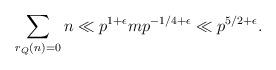
LaTeX: \begin{align*}\sum_{r_{Q}(n) = 0} n \ll p^{1+\epsilon} m p^{-1/4 + \epsilon} \ll p^{5/2 + \epsilon}.\end{align*}